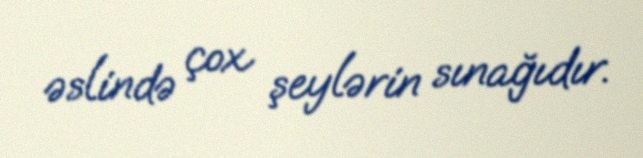
əslində çox şeylərin sınağıdır.